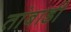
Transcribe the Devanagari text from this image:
तांबाडी